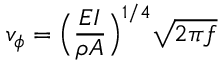
v _ { \phi } = \Big ( \frac { E I } { \rho A } \Big ) ^ { 1 / 4 } \sqrt { 2 \pi f }